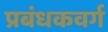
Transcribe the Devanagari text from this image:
प्रबंधकवर्ग